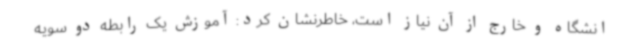
انشگاه و خارج از آن نیاز است، خاطرنشان کرد: آموزش یک رابطه دو سویه